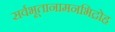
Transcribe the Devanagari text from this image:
सर्वभूतानामनभिद्रोह